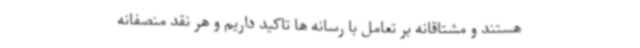
هستند و مشتاقانه بر تعامل با رسانه ها تاکید داریم و هر نقد منصفانه